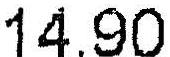
14.90